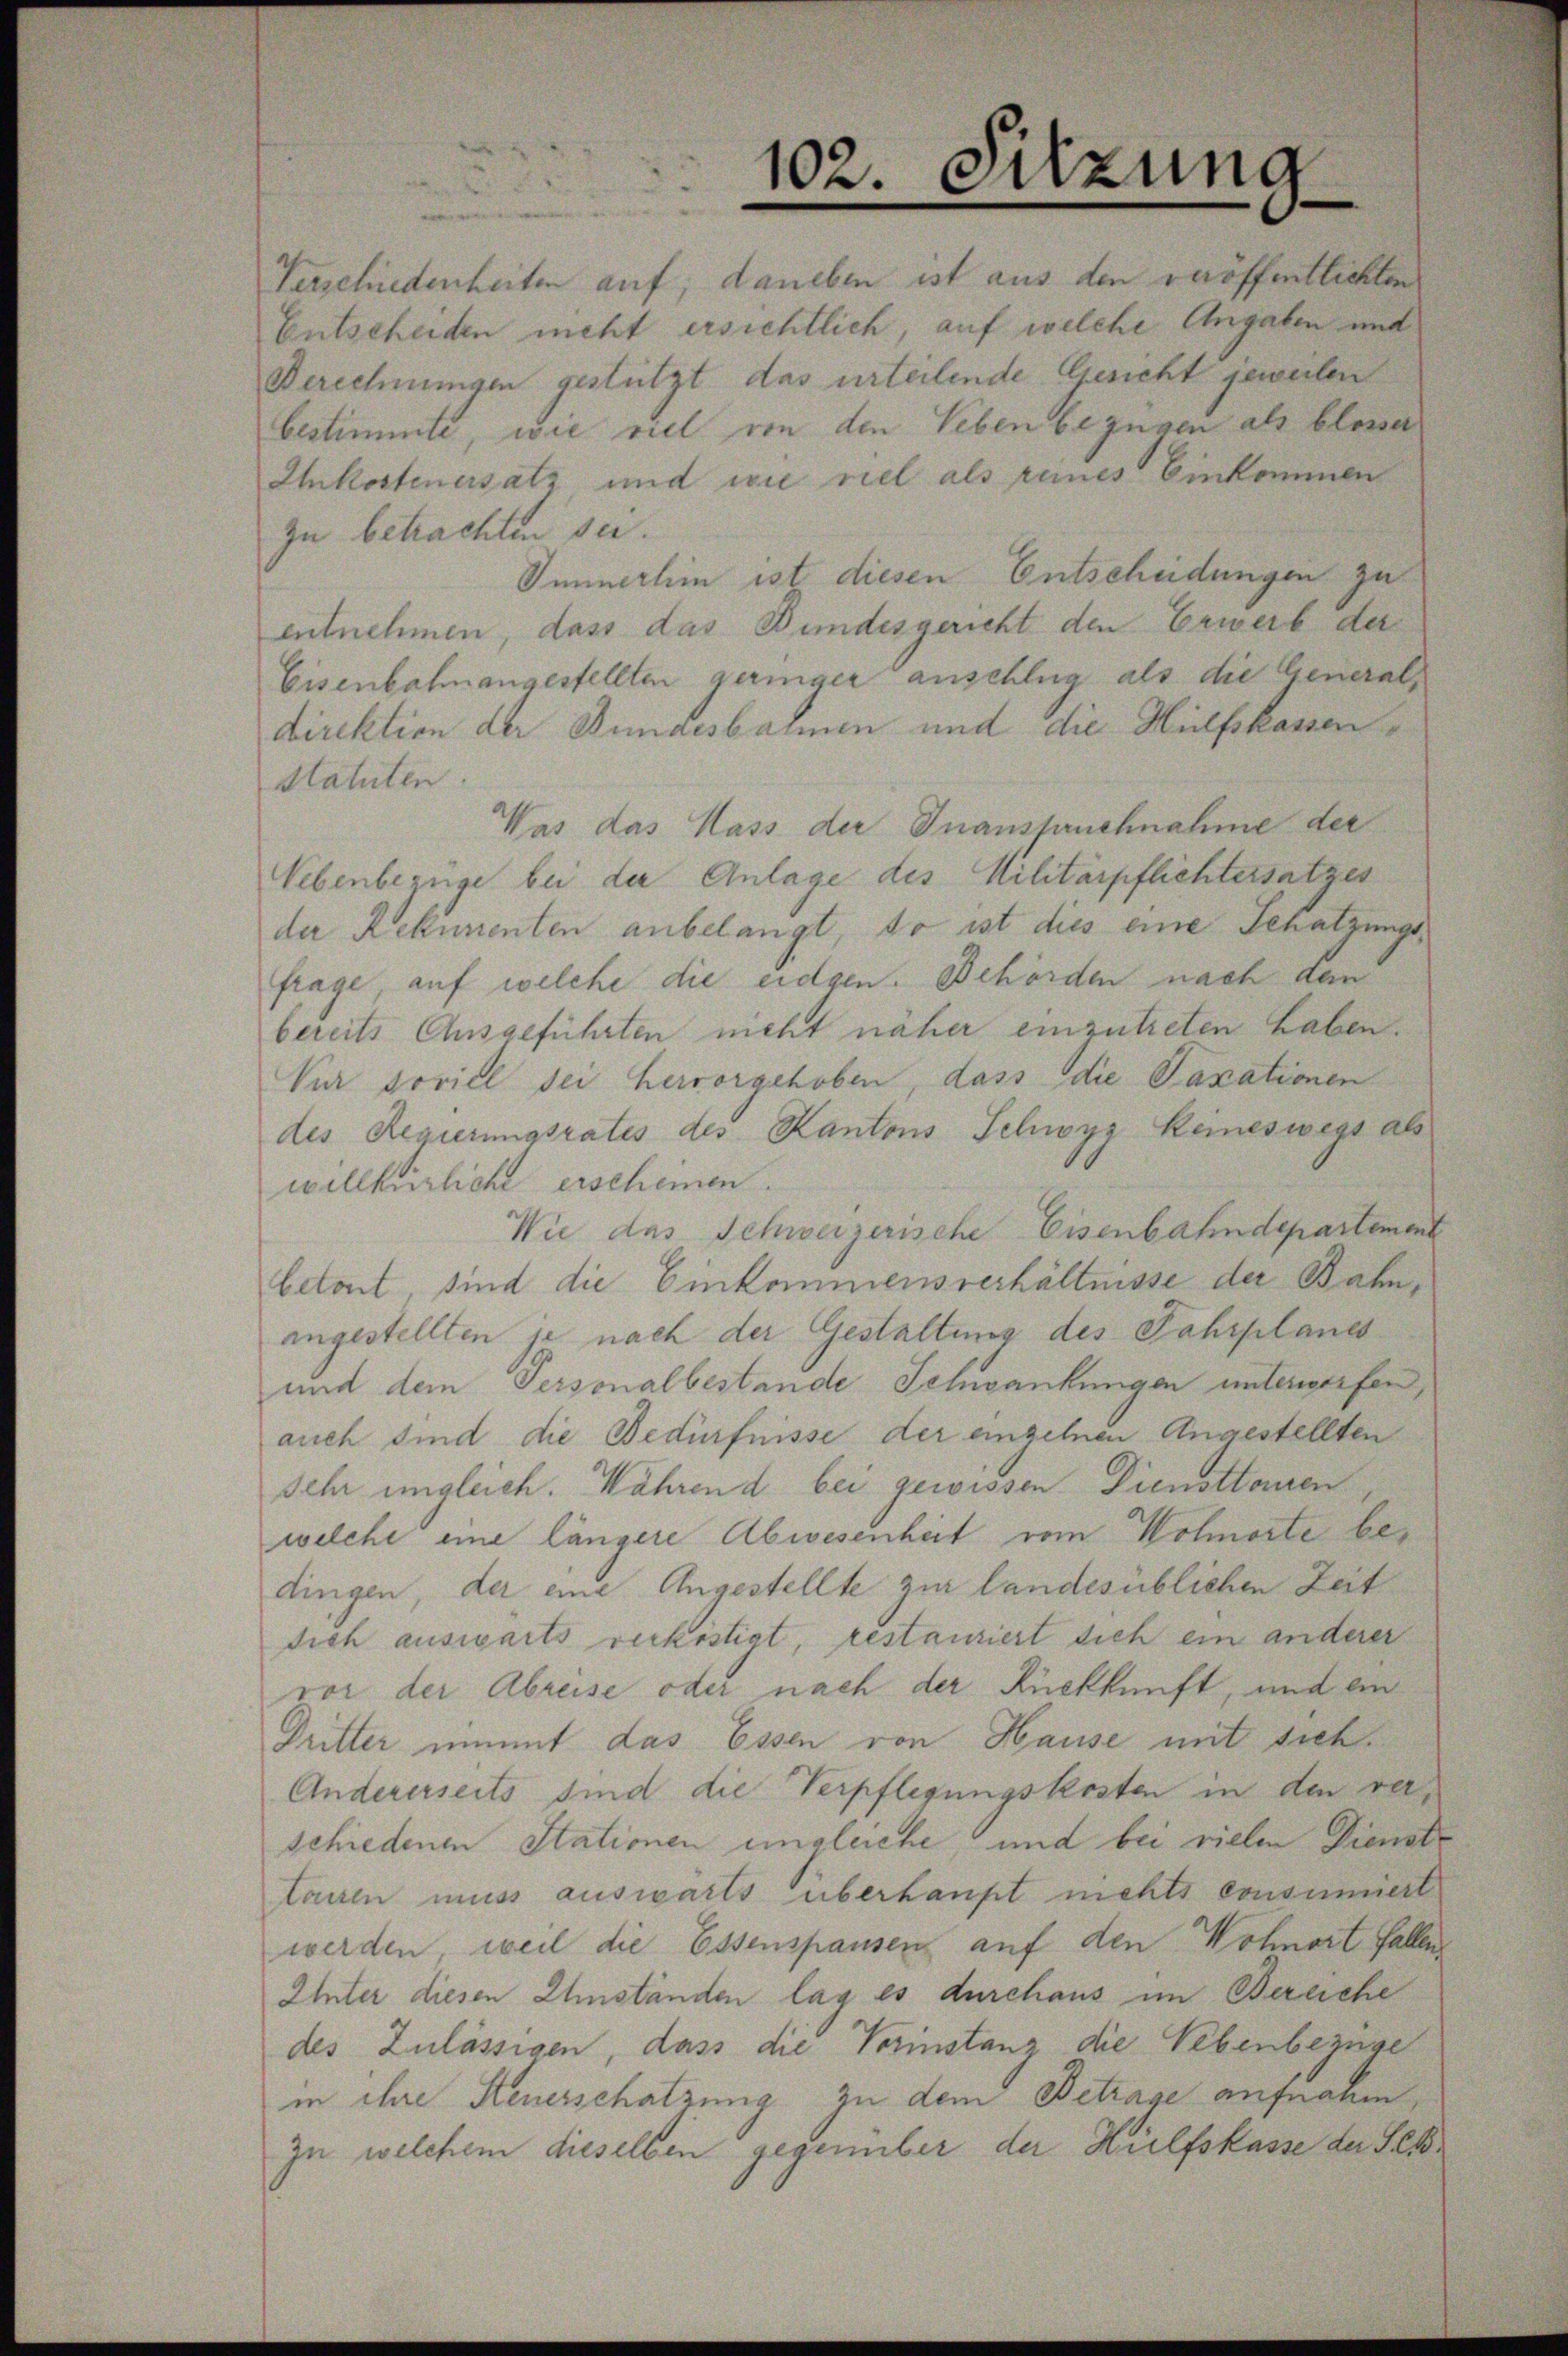
102.

Sitzung

Verschiedenheiten auf, daneben ist aus den veröffentlichten
Entscheiden nicht ersichtlich, auf welche Angaben und
Berechnungen gestützt das urteilende Gesicht jeweilen
bestimmte, wie viel von den Leben bezügen als blosser
Ahkostenersatz und wie viel als reines Einkommen
zu betrachten sei.
Immerhin ist diesen Entscheidungen zu
entnehmen, dass das Bundesgericht den Erwerb der
Eisenbahnangestellten geringer anschlug als die Generaldirektion der Bundesbahnen und die Hülfskassen¬
Statuten
Was das Hass der Inanspruchnahme der
Vebenbezüge bei der Anlage des Militärpflichtersatzes
der Rekumenten anbelangt, so ist dies eine Schatzungsfrage auf welche die eidgen. Behörden nach den
bereits Ausgeführten meht näher einzutreten haben.
Vur soviel sei hervorgehoben, dass die Taxationen
des Regierungsrates des Kantons Schwyz keineswegs als
willkürliche erscheinen.
Wie das Schweizerische Eisenbahndepartement
betont, sind die Einkommensverhältnisse der Bahnangestellten je nach der Gestaltung des Jahrplanes
und dem Personalbestände Schwankungen unterworfen,
auch sind die Bedürfnisse der eingehen Angestellten
sehr ungleich. Während bei gewissen Dienstlosen
welche eine längere Abwesenheit vom Wolmorte bedingen, der eine Angestellte zur landesüblichen Zeit
dich auswärts verköstigt, restanziert sich ein anderer
vor der Abreise oder nach der Rückkunft, und ein
Dritter nimmt das Essen von Hause mit sich
Andererseits sind die Verpflegungskosten in den verschiedenen Stationen ungleiche, und bei vielen Dienst
tauen muss auswärts überhaupt nichts consumiert
werden, weil die Essenspausen auf den Wohnort fallen
Unter diesen Umständen lag es durchaus im Bereiche
des Zulässigen, dass die Vorinstanz die Nebenbezüge
in ihre Steuerschatzung zu dem Betrage aufnahm,
zu welchem dieselben gegenüber der Hülfskasse der Sek¬